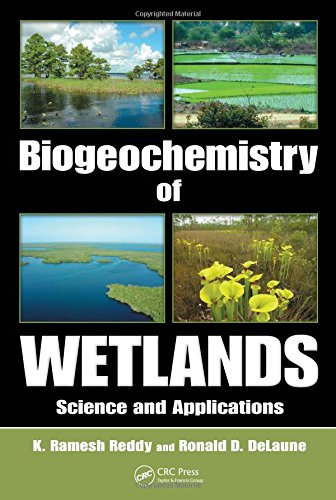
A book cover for Biogeochemistry of Wetlands: Science and Applications; K. Ramesh Reddy; Science & Math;